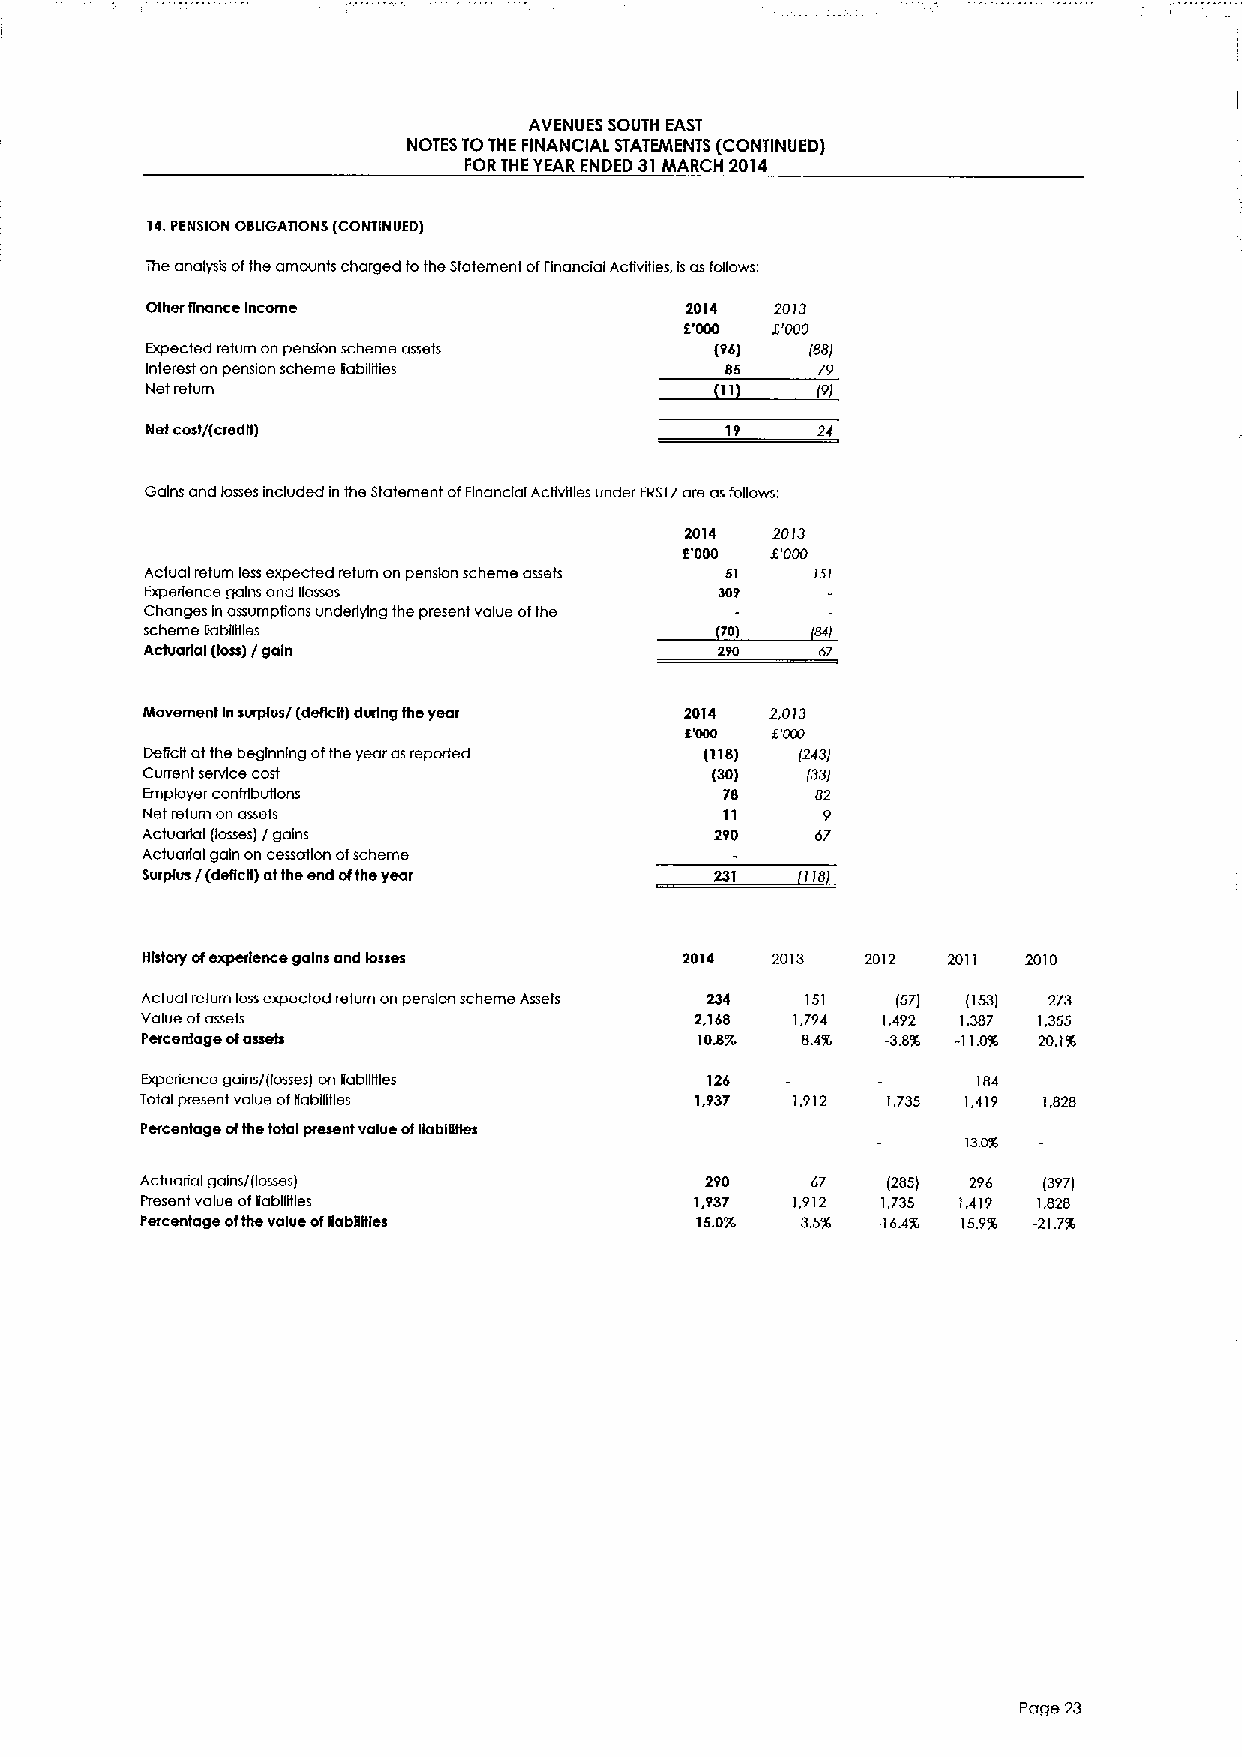
AVENUES SOUTH EAST
 NOTES TOTHE FINANCIAL STATEMENTS (CONTINUED)
 FORTHEYEAR ENDED 31MARCH 2014
 14.PENSION OBLIGATIONS (CONTINUED)
 1heanalysis ofthe amounts charged fothe Statement ofFinancial Activities, Isasfollows:
 Other Rnance Income                2014  20I3
 E'000 5'000
 Expected return on pension scheme assets (96) (88)
 Interest on pension scheme fabilrhes  85    79
 Net return                            11    f9
 Net cost/(cred0)                      19
 Gains and lasses included in the Statement ofFinancial Activities under FRSI7are astoUows:
 2014  2013
 E'000 5'000
 Actual return less expected return on pension scheme assets 51 isl
 Experience gains and Bosses           309
 Changes in assumptions underlying the present value ofthe
 scheme Babilities                           84
 Acluarlal (loss) / gain               290   67
 Movement Insurpfus/ (degclt) during fheyear 2014 2,013
 6'000
 Deficit atthe beginning ofthe year asreported (118) (243)
 Current service cost                  (30)  (33)
 Employer contributions                 78    82
 Net return on assets                   11     9
 Actuarial (lossesl / gains            290    67
 Actuadal gain on cessation ofscheme
 Surplus /(degc8) atthe end ofthe year
 Mlstory otexperience gains and losses 2014 2013 2012  2011 2010
 Actual return less expected return on pension scheme Assets 234 151 (57l (153) 273
 Value ofassets                       2,168  1,794 1,492 1,387 1,355
 Percerdage ofamah                    104196 8.4TL -3.8% -11IFB 20.1%
 Experience gains/(losses) on TabUitles 126              184
 Total present value ofliabilities    1,937  1,912 1,735 1,419 1,828
 Percentage ofthe total present value ofUaUIBtles
 13DX
 Actuarial gains/(losses)              290    67   (285) 296 (397)
 Present value oflabUitles            1,937 1,912 1,735 1,419 1,828
 Percentage ofthe value ofBabBRles    15.0%  3. 5TL -164% 15.9TL -21.7%
 Page 23